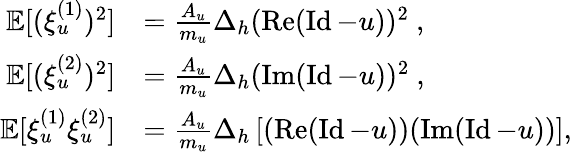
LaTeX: \begin{array}{rl}{\mathbb{E}[(\xi_{u}^{(1)})^{2}]}&{=\frac{A_{u}}{m_{u}}\Delta_{h}(\operatorname{Re}(\operatorname{Id}-u))^{2}\ ,}\\ {\mathbb{E}[(\xi_{u}^{(2)})^{2}]}&{=\frac{A_{u}}{m_{u}}\Delta_{h}(\operatorname{Im}(\operatorname{Id}-u))^{2}\ ,}\\ {\mathbb{E}[\xi_{u}^{(1)}\xi_{u}^{(2)}]}&{=\frac{A_{u}}{m_{u}}\Delta_{h}\left[(\operatorname{Re}(\operatorname{Id}-u))(\operatorname{Im}(\operatorname{Id}-u))\right],\ }\end{array}